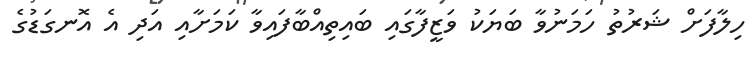
ހިލާފަށް ޝަރުތު ހަމަނުވާ ބަޔަކު ވަޒީފާގައި ބައިތިއްބާފައިވާ ކަމަށާއި އަދި އެ އޮނގަޑުގެ